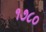
૧૭૮૦